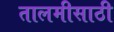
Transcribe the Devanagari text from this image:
तालमीसाठी